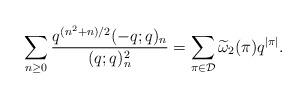
LaTeX: \begin{align*}\sum_{n \geq 0} \frac{q^{(n^2+n)/{2}}(-q;q)_n}{(q;q)^2_n} = \sum_{\pi\in\mathcal{D}} \widetilde{\omega}_2 (\pi) q^{|\pi|}.\end{align*}